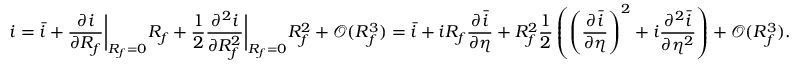
i = \bar { i } + \frac { \partial i } { \partial R _ { f } } \bigg \lvert _ { R _ { f } = 0 } R _ { f } + \frac { 1 } { 2 } \frac { \partial ^ { 2 } i } { \partial R _ { f } ^ { 2 } } \bigg \lvert _ { R _ { f } = 0 } R _ { f } ^ { 2 } + \mathcal { O } ( R _ { f } ^ { 3 } ) = \bar { i } + i R _ { f } \frac { \partial \bar { i } } { \partial \eta } + R _ { f } ^ { 2 } \frac { 1 } { 2 } \left( \left( \frac { \partial \bar { i } } { \partial \eta } \right) ^ { 2 } + i \frac { \partial ^ { 2 } \bar { i } } { \partial \eta ^ { 2 } } \right) + \mathcal { O } ( R _ { f } ^ { 3 } ) .